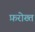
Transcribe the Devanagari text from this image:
फ़रोख्त